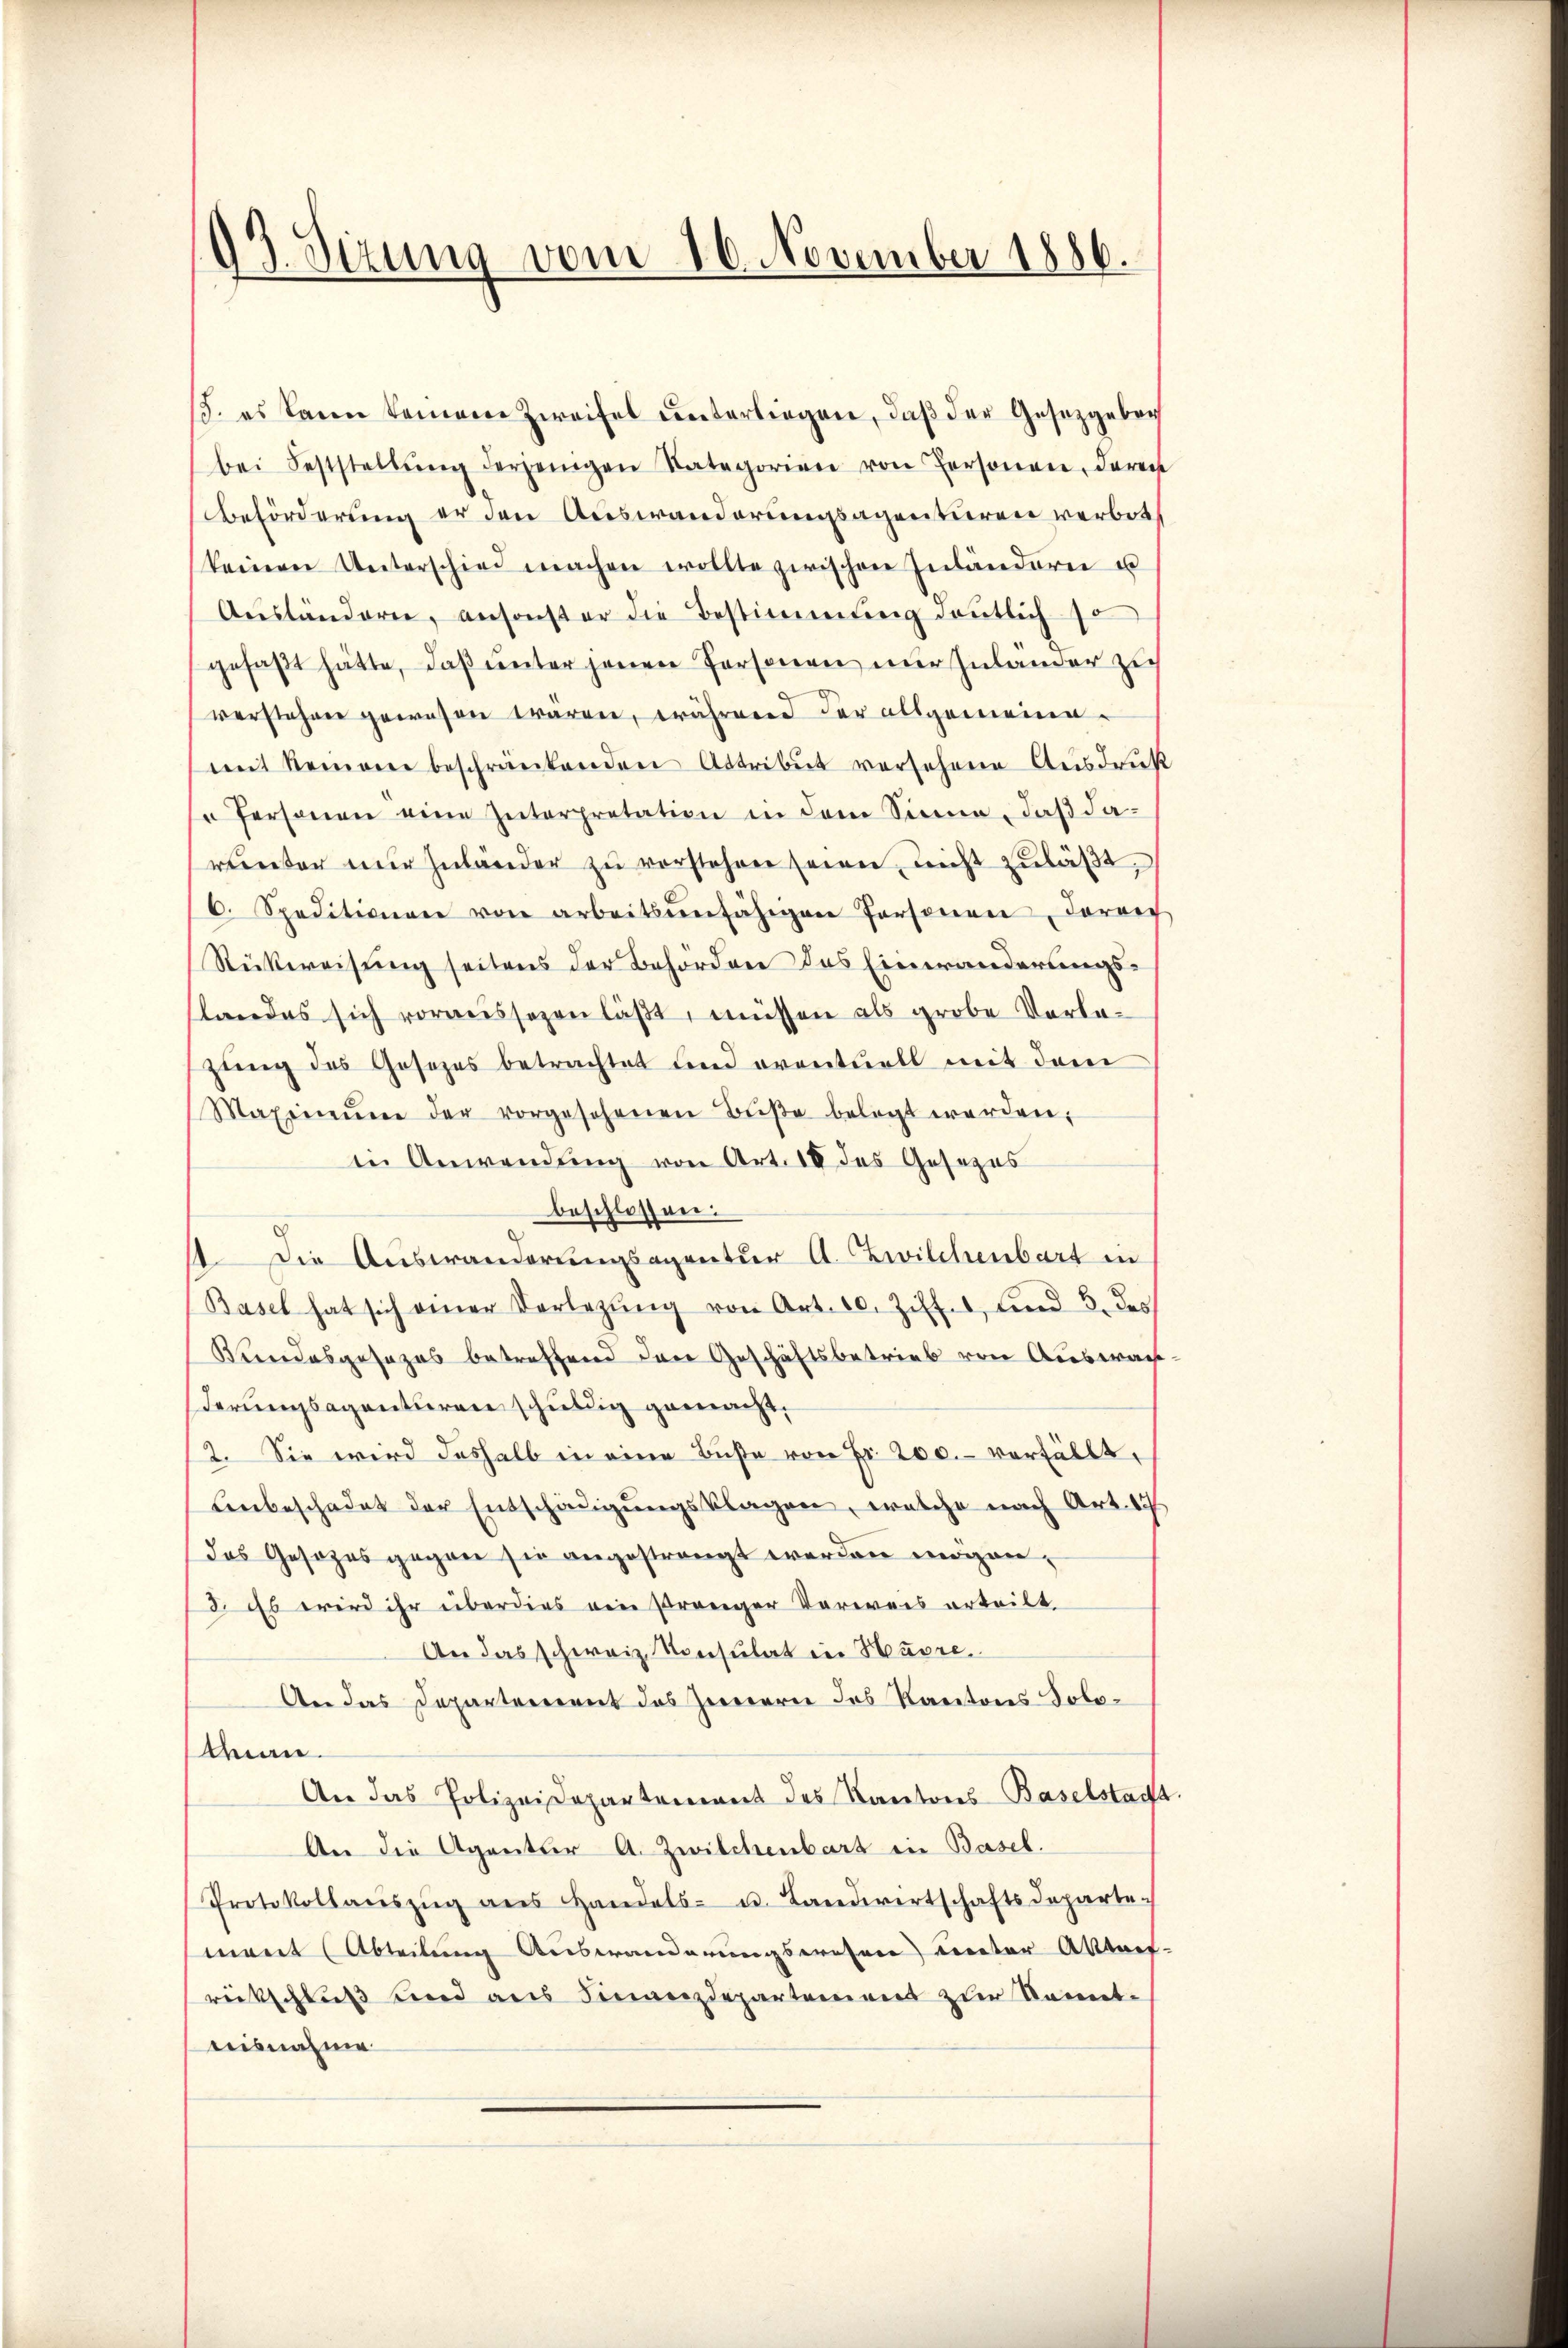
03. Sitzung vom 16. November 1886.

3. es kann keinem Zweifel unterliegen, daß der Gesetzgeben
bei Feststellŭng derjenigen Kategorien von Personen, deren
Beförderung er den Auswanderungsagenturen verbotkeinen Unterschied machen wollte zwischen Inländern u
Aŭsländern, ansonster die Bestimmung deutlich
gefaßt hätte, daß unter jenen Personen nur Zulander zu
verstehen gewesen waren, während der allgemeinemit Reinem beschränkenden Attribut versehene Ausdruck
" Personen eine Interpretation in dem Sinne, daβ da-
reinter nur zuländer zŭ verstehen seien, nicht zuläßt,
6. Speditionen von arbeitsunfähigen Personen, darauf
Rückweisung seitens der Behörden das Eineränderungs-
tandes sich voraussezen läßt, müssen als grobe Vorlezung des Gesezes betrachtet und eventuell mit dem
Maximŭm der vorgesehenen Bŭβe belegt werden;
in Anwendung von Art. 18 des Gesezes
beschlossen.
1. Die Auswanderungsagentur A. Zwilchenbart in
Basel hat sich einer Vorlegŭng von Art. 10. Ziff. 1, und 3. des
Bundesgesezes betreffend den Geschäftsbetrieb von Auswach
derungsagenturen schuldig gemacht.
2. Sie wird deshalb in eine Büste von Fr. 200. verfällt,
Lenbeschadet der Entschädigungsklagen, welche nach Art. 17
das Gesezes gegen sie angestrengt werden mögen,
8. Es wird ihr überdies ein strenger Verweis erteilt
An das schweiz. Konsulat in Havre
An das Departement das Zweierne des Kantons Solo¬
Man.
An das Polizeidepartement des Kantons-Baselstacht
An die Agenter A. Zwilchenbart in Basel.
Protokollaŭszŭg ans Handels- u. Landwirtschaftsdeparte
ment (Abteilung Auswanderungswesene Cereter Akten-
rückschluß und aus Finanzdepartement zur Kennt-
aeisnahme